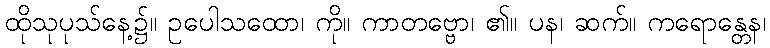
ထိုသုပုသ်နေ့၌။ ဥပေါသထော၊ ကို။ ကာတဗ္ဗော၊ ၏။ ပန၊ ဆက်။ ကရောန္တေန၊